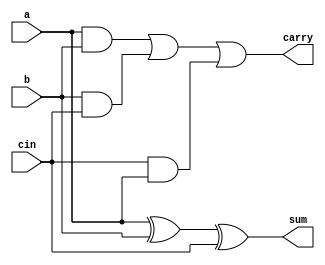
module full_adder(a,b,cin,sum,carry);
input a,b,cin;
output reg sum,carry;

always @(a,b,cin)
begin 
	sum = a ^ b ^ cin;
	carry = (a&b) | (b&cin) | (cin&a);
end
endmodule